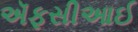
ઍફસીઆઈ